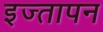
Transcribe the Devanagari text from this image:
इज्तापन